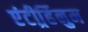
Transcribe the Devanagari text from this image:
एंटीर्र्हिनुम